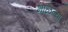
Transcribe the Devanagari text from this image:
भाळल्या